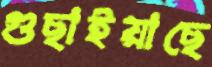
গুছাইয়াছে